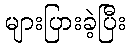
များပြားခဲ့ပြီး